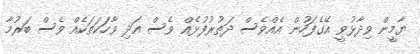
ޔާމީން ވިދާޅުވީ އޭގެފަހުން އެއްވެސް ދަތުރުފުޅެއް ވެސް އަދި ވާހަކަތަކެއް ވެސް ބަރުމާ